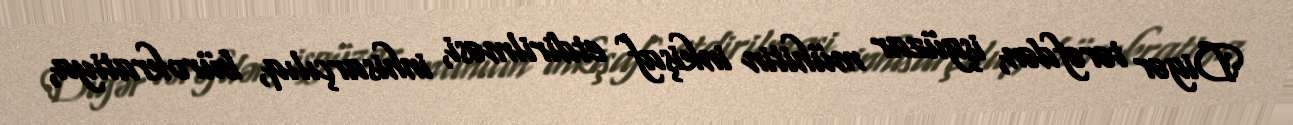
Digər tərəfdən, işgüzar mühitin inkişaf etdirilməsi, inhisarçılıq, bürokratiya,